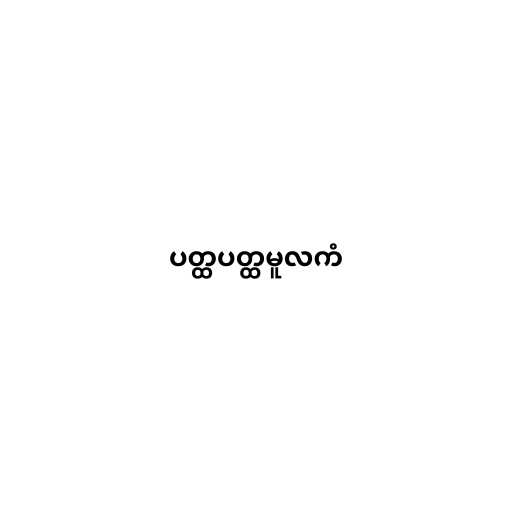
ပတ္ထပတ္ထမူလကံ